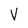
Character: V